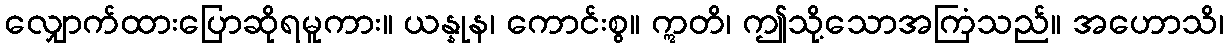
လျှောက်ထားပြောဆိုရမူကား။ ယန္နုန၊ ကောင်းစွ။ ဣတိ၊ ဤသို့သောအကြံသည်။ အဟောသိ၊